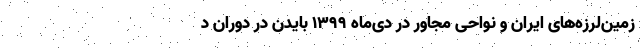
زمین‌لرزه‌های ایران و نواحی مجاور در دی‌ماه ۱۳۹۹ بایدن در دوران د